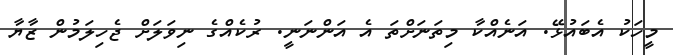
މީހަކު އެބައުޅޭ. އަނެއްކާާ މިތަނަށްތަ އެ އަންނަނީ. ރުކެއްގެ ނިވަލަށް ޖެހިލަމުން ޒާޔާ